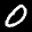
Label: 0